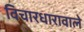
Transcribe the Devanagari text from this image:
विचारधारावाले